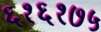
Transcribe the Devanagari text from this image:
६१६१७५